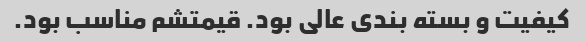
کیفیت و بسته بندی عالی بود. قیمتشم مناسب بود.